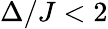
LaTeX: \Delta/J<2